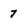
Character: 7